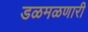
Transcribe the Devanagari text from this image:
डळमळणारी